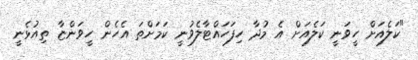
"ކަލެއަށް ހީވަނީ ކަލެއަށް އެ މުދާ ހިފަހައްޓާލެވުނީ ކަމަށްތަ އެހެން ހީވަންޏާ ތިއުޅެނީ